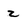
Character: z